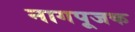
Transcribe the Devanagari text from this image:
नागपूजक